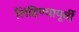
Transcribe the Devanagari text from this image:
लिहिण्‍यापूर्वी